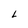
Character: L